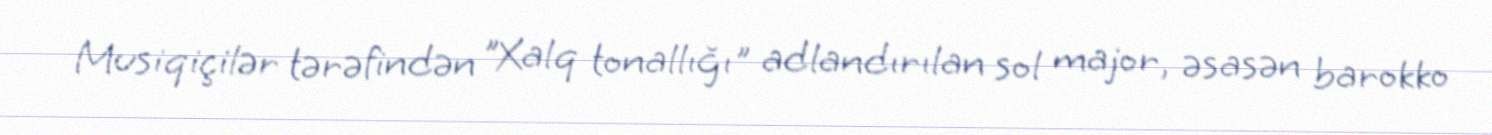
Musiqiçilər tərəfindən "Xalq tonallığı" adlandırılan sol major, əsasən barokko